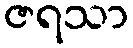
ဇရသာ